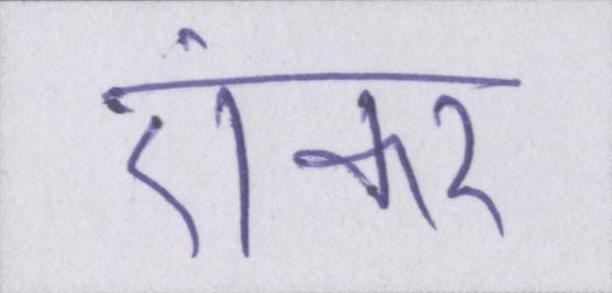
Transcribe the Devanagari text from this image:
एंकर